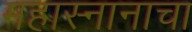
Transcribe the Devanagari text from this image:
महास्नानाचा